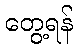
တွေ့ရန်